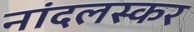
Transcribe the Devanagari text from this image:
नांदलस्कर